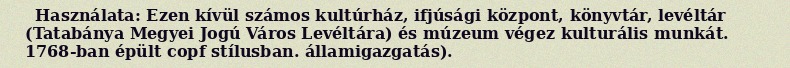
Használata: Ezen kívül számos kultúrház, ifjúsági központ, könyvtár, levéltár (Tatabánya Megyei Jogú Város Levéltára) és múzeum végez kulturális munkát. 1768-ban épült copf stílusban. államigazgatás).